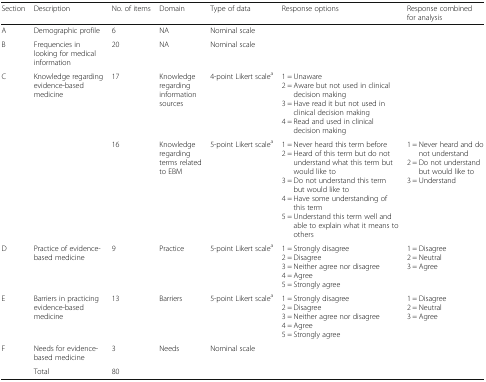
<table><thead><tr><td><b>Section</b></td><td><b>Description</b></td><td><b>No. of items</b></td><td><b>Domain</b></td><td><b>Type of data</b></td><td><b>Response options</b></td><td><b>Response combined for analysis</b></td></tr></thead><tbody><tr><td>A</td><td>Demographic profile</td><td>6</td><td>NA</td><td>Nominal scale</td><td></td><td></td></tr><tr><td>B</td><td>Frequencies in looking for medical information</td><td>20</td><td>NA</td><td>Nominal scale</td><td></td><td></td></tr><tr><td rowspan="2">C</td><td rowspan="2">Knowledge regarding evidence-based medicine</td><td>17</td><td>Knowledge regarding information sources</td><td>4-point Likert scale<sup>a</sup></td><td>1 = Unaware2 = Aware but not used in clinical decision making3 = Have read it but not used in clinical decision making4 = Read and used in clinical decision making</td><td></td></tr><tr><td>16</td><td>Knowledge regarding terms related to EBM</td><td>5-point Likert scale<sup>a</sup></td><td>1 = Never heard this term before2 = Heard of this term but do not understand what this term but would like to3 = Do not understand this term but would like to4 = Have some understanding of this term5 = Understand this term well and able to explain what it means to others</td><td>1 = Never heard and do not understand2 = Do not understand but would like to3 = Understand</td></tr><tr><td>D</td><td>Practice of evidence-based medicine</td><td>9</td><td>Practice</td><td>5-point Likert scale<sup>a</sup></td><td>1 = Strongly disagree2 = Disagree3 = Neither agree nor disagree4 = Agree5 = Strongly agree</td><td>1 = Disagree2 = Neutral3 = Agree</td></tr><tr><td>E</td><td>Barriers in practicing evidence-based medicine</td><td>13</td><td>Barriers</td><td>5-point Likert scale<sup>a</sup></td><td>1 = Strongly disagree2 = Disagree3 = Neither agree nor disagree4 = Agree5 = Strongly agree</td><td>1 = Disagree2 = Neutral3 = Agree</td></tr><tr><td rowspan="2">F</td><td>Needs for evidence-based medicine</td><td>3</td><td>Needs</td><td>Nominal scale</td><td></td><td></td></tr><tr><td>Total</td><td>80</td><td></td><td></td><td></td><td></td></tr></tbody></table>